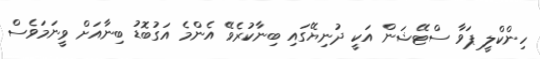
ހިންކްލީ ޕަވާ ސްޓޭޝަން އަކީ ދުނިޔޭގައި ބިނާކުރެވޭ އެންމެ އަގުބޮޑު ބިނާއަށް ވީނަމަވެސް